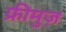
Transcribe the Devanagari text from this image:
फ्रीमुज़